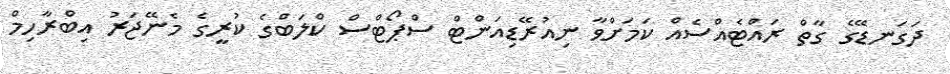
ދަގަނޑޭގެ ގާތް ރައްޓެއްސެއް ކަމަށްވާ ނިއުރޭޑިއަންޓް ސްޕޯޓްސް ކްލަބްގެ ކުރީގެ މެނޭޖަރު އިބްރާހިމް